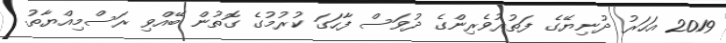
2019 އަހަރު ދުނިޔޭގެ ފަތުރުވެރިންގެ ދުވަސް ފާހަގަ ކުރުމުގެ ގޮތުން ބޭއްވި ރަސްމިއްޔާތު.